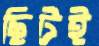
ছিটই